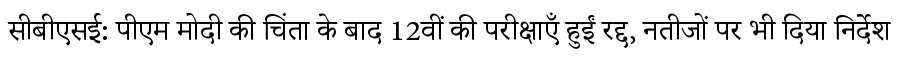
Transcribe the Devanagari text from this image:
सीबीएसई: पीएम मोदी की चिंता के बाद 12वीं की परीक्षाएँ हुईं रद्द, नतीजों पर भी दिया निर्देश